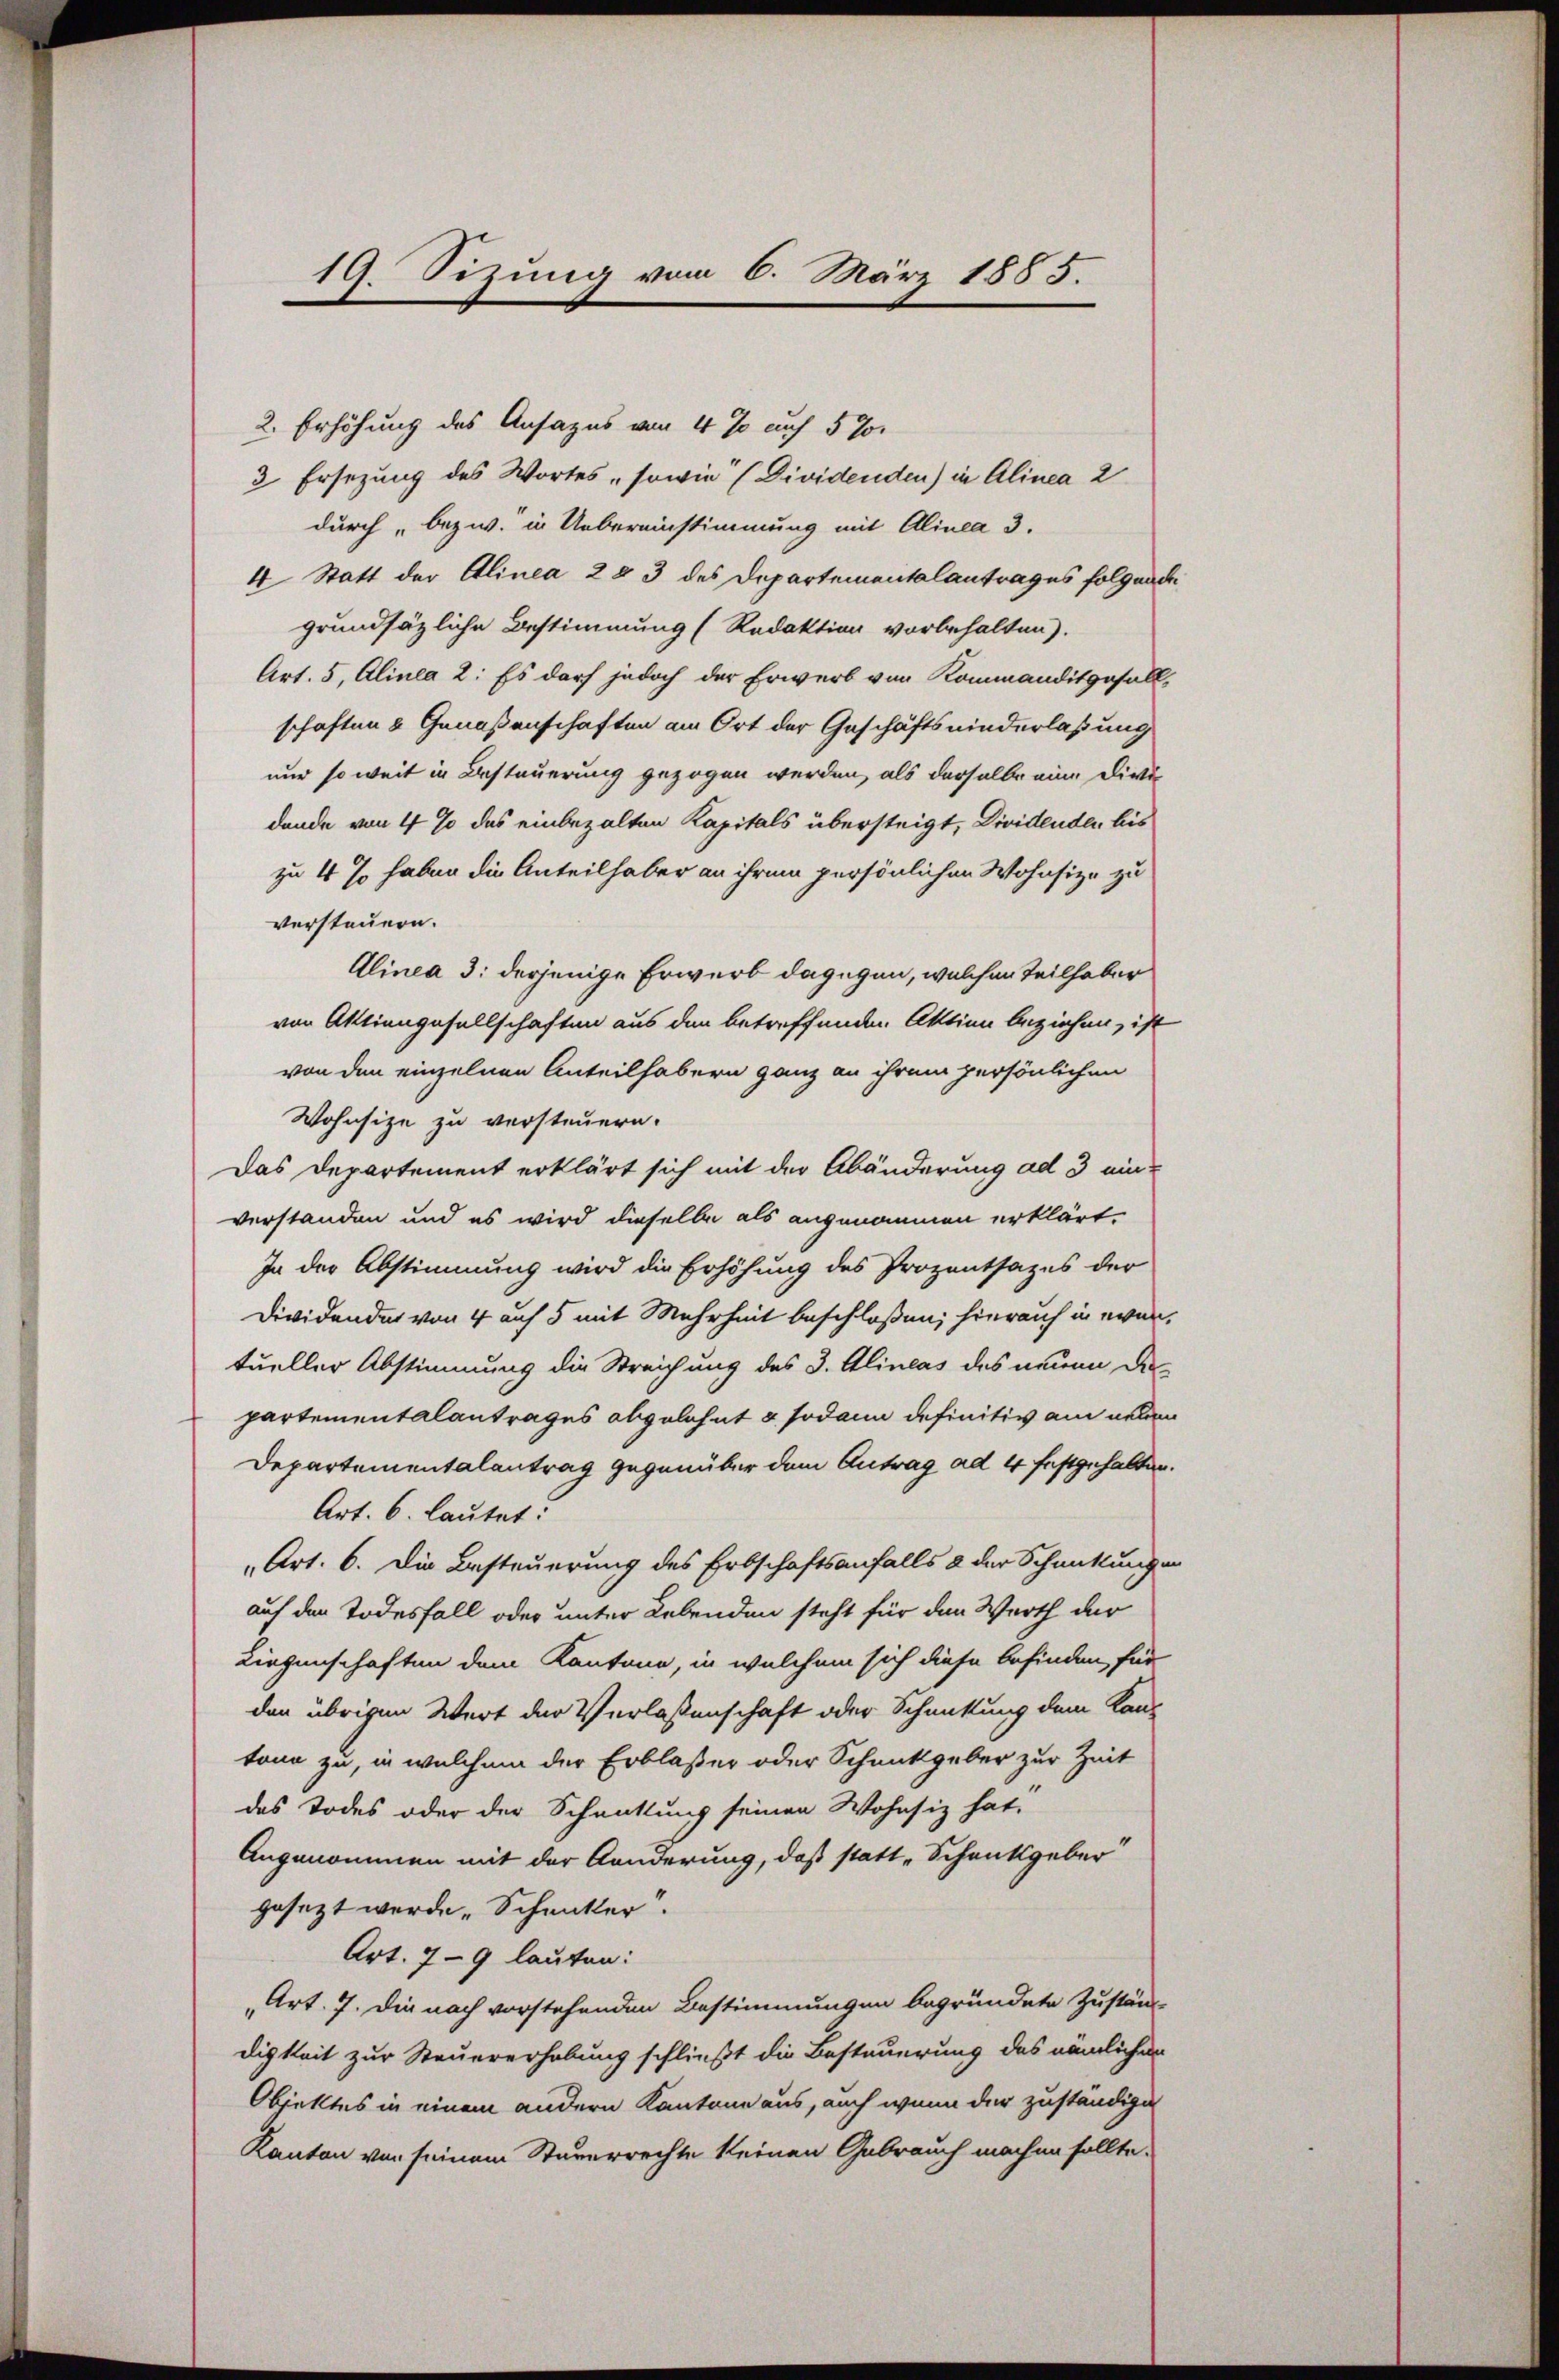
19. Sizung vom 6. März 1885.

2. Erhöhung des Ansages von 4 % auch 5 %
3 Ersezung des Wortes sowie (Dividenden) in Alinea 2
durch bezw. in Uebereinstimmung mit Alinea 3.
4 Statt der Alinea 2 § 3 des Departementalantrages folgende
grundsätzliche Bestimmung (Redaktion vorbehalten).
Art. 5, Alinea 2: Es darf jedoch der Erwerb von Kommanditgefallschaften & Genoßenschaften am Ort der Geschäftsniederlassung
nur so weit in Besteuerung gezogen werden, als derselbe eine Dickt
dende von 4 % des einbezalten Kapitals übersteigt, Dividenden bis
zu 4 % haben die Anteilhaber an ihrem persönlichen Wohnsize zu
versteuern.
Alinea 3: derjenige Erwerb dagegen, welchen Teilhaber
von Aktiengesellschaften aus den betreffenden Aktien beziehen, ist
von den einzelnen Anteilhabern ganz an ihrem persönlichen
Wohnsize zu versteuern.
Das Departement erklärt sich mit der Abänderung ad 3 einverstanden und es wird dieselbe als angenommen erklärt.
In der Abstimmung wird die Erhöhung des Prozentsages der
Dividendet von 4 auf 5 mit Mehrheit beschlossen; hierauf in evantueller Abstimmung die Streichung des 3. Alineas des neuen de
partementalantrages abgelehnt & sodann definitiv am neben
Departementalantrag gegenüber dem Antrag ad 4 festgehalten.
Art. 6. lautet:
„Art. 6. Die Besteuerung des Erbschaftsanfalls & der Schmitungen
auf den Todesfall oder unter Lebenden steht für den Werth der
Liegenschaften dem Kantone, in welchem sich diese befinden für
den übrigen Wert der Verlassenschaft oder Schmittung dem Kan-
tonn zu, in welchem der Erblasser oder Schmitgeber zur Zeit
deas Todes oder der Schnittung seinen Wohnsiz hat,
Angenommen mit der Konderung, daß statt „Schenkgeber
gesezt werde. Schmitter
Art. 79 lauten:
Art. 7. Die nach vorstehenden Bestimmungen begründete Zustän-
digkeit zur Steuererhebung schließt die Besteuerung des nämlichen
Objektes in einem andern Kantone aus, auch wenn der zuständige
Kanton von seinem Steuerrechte keinen Gebrauch machen sollte